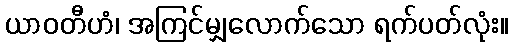
ယာဝတီဟံ၊ အကြင်မျှလောက်သော ရက်ပတ်လုံး။